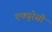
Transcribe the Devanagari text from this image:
एक्युरेसी